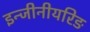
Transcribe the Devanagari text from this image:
इन्जीनीयरिङ